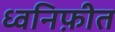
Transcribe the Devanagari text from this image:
ध्वनिफ़ीत